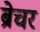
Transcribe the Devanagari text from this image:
ब्रेचर